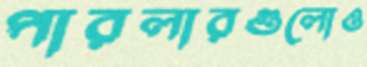
পারলারগুলোও